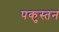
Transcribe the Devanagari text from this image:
पकुस्तन